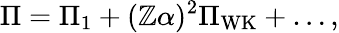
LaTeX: \Pi=\Pi_{1}+(\mathbb{Z}\alpha)^{2}\Pi_{\mathrm{{WK}}}+\ldots,